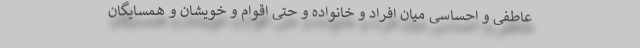
عاطفی و احساسی میان افراد و خانواده و حتی اقوام و خویشان و همسایگان